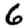
Digit: 6